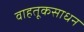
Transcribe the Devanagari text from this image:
वाहतूकसाधन